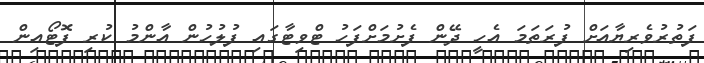
ފަތުރުވެރިޔާއަށް ފުރަތަމަ އެހީ ދޭން ފެށުމަށްފަހު ޓްވިޓާގައި ފުލުހުން އާންމު ކުރި ފޮޓޯއިން